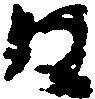
日